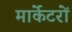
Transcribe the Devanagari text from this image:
मार्केटरों